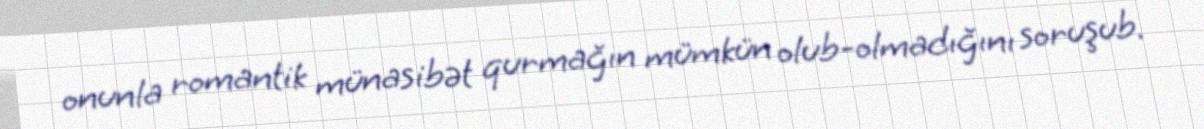
onunla romantik münasibət qurmağın mümkün olub-olmadığını soruşub.